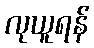
လုယူရန်